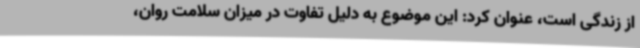
از زندگی است، عنوان کرد: این موضوع به دلیل تفاوت در میزان سلامت روان،